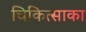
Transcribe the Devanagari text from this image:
चिकित्साका